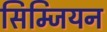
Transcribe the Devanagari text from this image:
सिम्जियन